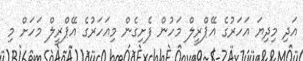
އަދި މިދިޔަ އަހަރުގެ އޭޕްރީލް މަހުން ފެށިގެން މިއަހަރުގެ އޭޕްރީލް މަހަށް މި